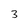
Character: 3